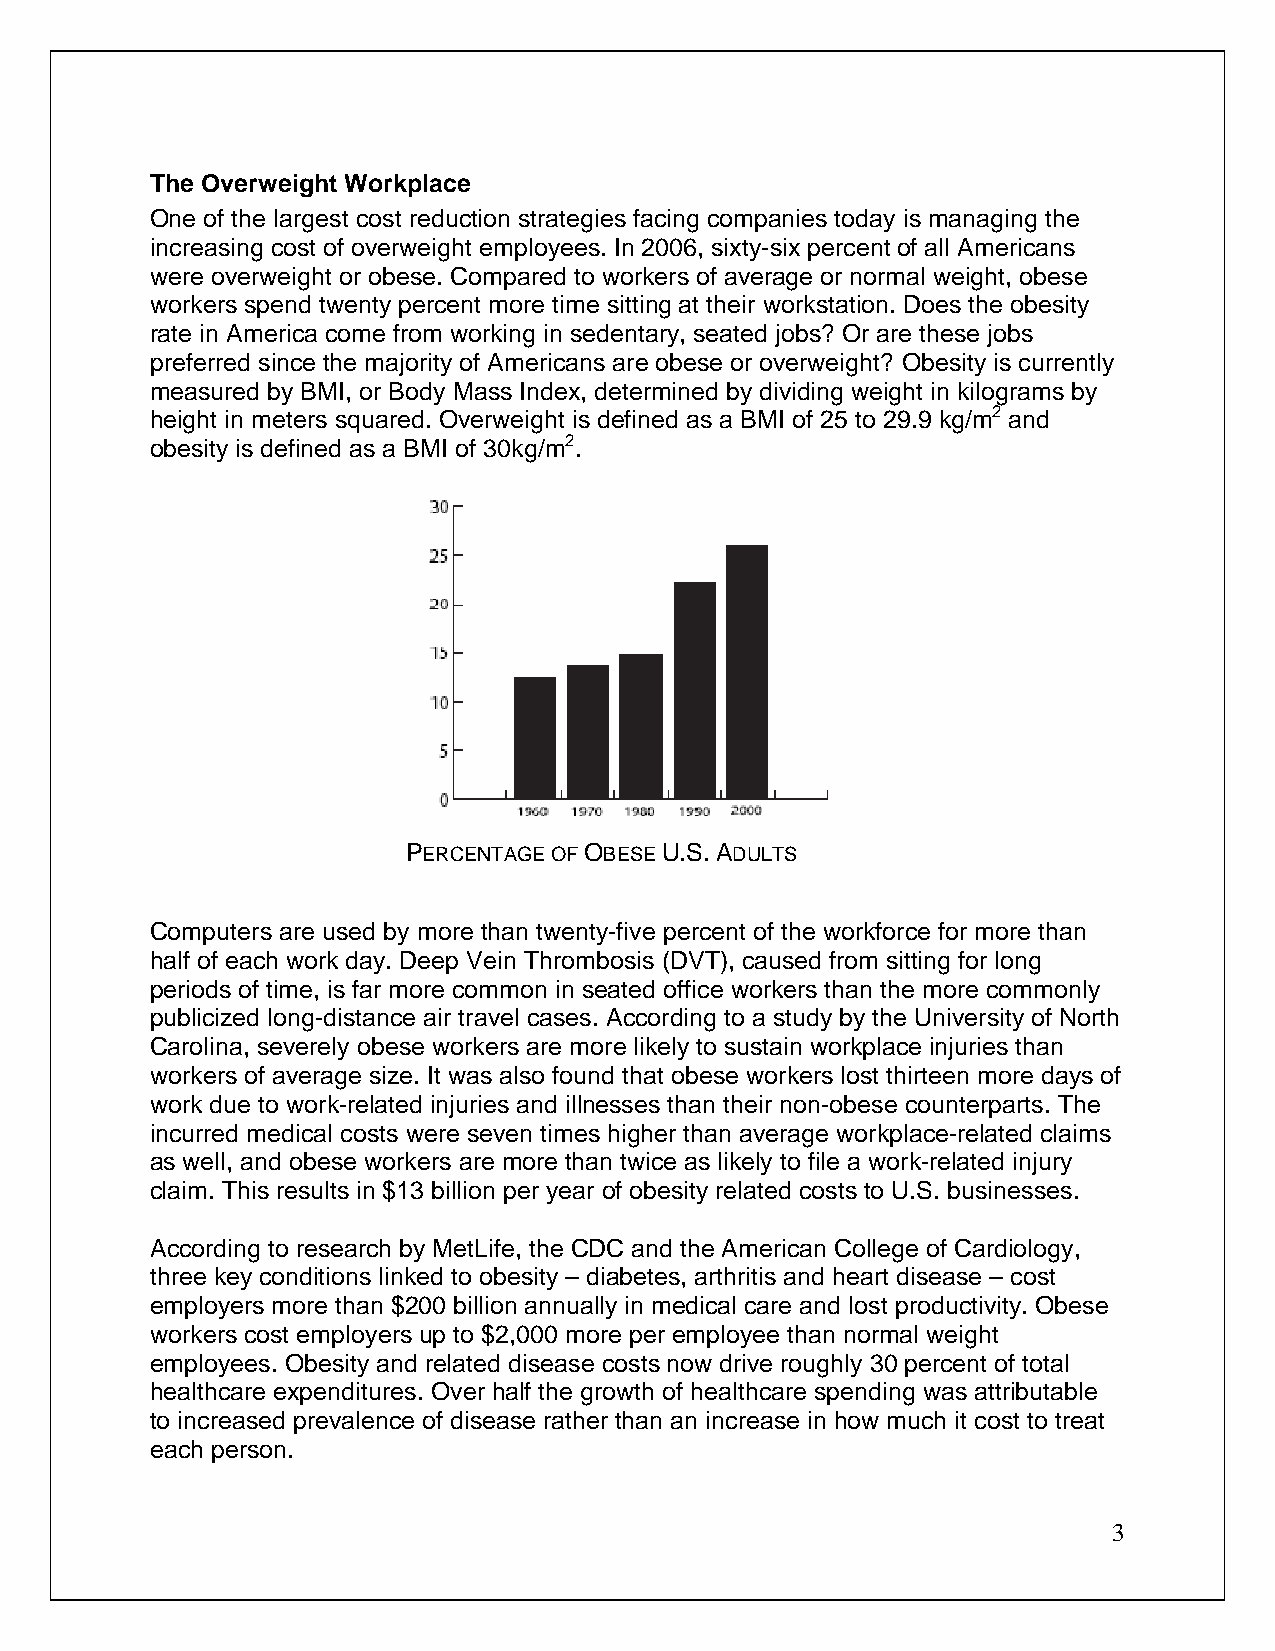
The Overweight Workplace
 One of the largest cost reduction strategies facing companies today is managing the
 increasing cost of overweight employees. In 2006, sixty-six percent of all Americans
 were overweight or obese. Compared to workers of average or normal weight, obese
 workers spend twenty percent more time sitting at their workstation. Does the obesity
 rate in America come from working in sedentary, seated jobs? Or are these jobs
 preferred since the majority of Americans are obese or overweight? Obesity is currently
 measured by BMI, or Body Mass Index, determined by dividing weight in kilograms by
 height in meters squared. Overweight is defined as a BMI of 25 to 29.9 kg/m2 and
 obesity is defined as a BMI of 30kg/m2.
 PERCENTAGE OF OBESE U.S. ADULTS
 Computers are used by more than twenty-five percent of the workforce for more than
 half of each work day. Deep Vein Thrombosis (DVT), caused from sitting for long
 periods of time, is far more common in seated office workers than the more commonly
 publicized long-distance air travel cases. According to a study by the University of North
 Carolina, severely obese workers are more likely to sustain workplace injuries than
 workers of average size. It was also found that obese workers lost thirteen more days of
 work due to work-related injuries and illnesses than their non-obese counterparts. The
 incurred medical costs were seven times higher than average workplace-related claims
 as well, and obese workers are more than twice as likely to file a work-related injury
 claim. This results in $13 billion per year of obesity related costs to U.S. businesses.
 According to research by MetLife, the CDC and the American College of Cardiology,
 three key conditions linked to obesity – diabetes, arthritis and heart disease – cost
 employers more than $200 billion annually in medical care and lost productivity. Obese
 workers cost employers up to $2,000 more per employee than normal weight
 employees. Obesity and related disease costs now drive roughly 30 percent of total
 healthcare expenditures. Over half the growth of healthcare spending was attributable
 to increased prevalence of disease rather than an increase in how much it cost to treat
 each person.
 3